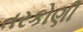
તરકોણી